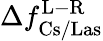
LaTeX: \Delta f_{\mathrm{Cs/Las}}^{\mathrm{L-R}}